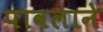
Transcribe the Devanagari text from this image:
पावलाने